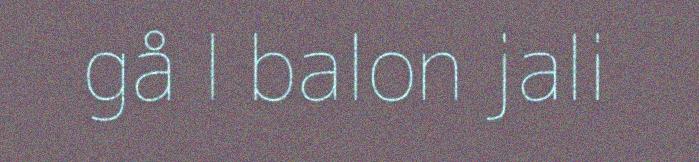
gå l balon jali